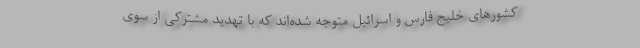
کشورهای خلیج فارس و اسرائیل متوجه شده‌اند که با تهدید مشترکی از سوی